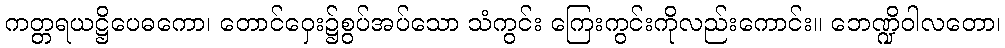
ကတ္တရယဋ္ဌိပေဓကော၊ တောင်ဝှေး၌စွပ်အပ်သော သံကွင်း ကြေးကွင်းကိုလည်းကောင်း။ ဘေဏ္ဍိဝါလတော၊